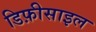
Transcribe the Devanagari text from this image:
डिफ़ीसाइल